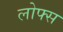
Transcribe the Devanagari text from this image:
लोफ्स